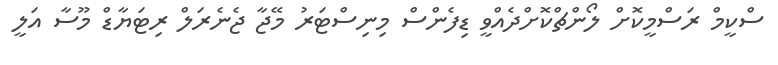
ސްކީމް ރަސްމީކޮށް ލޯންޗްކޮށްދެއްވީ ޑިފެންސް މިނިސްޓަރު މޭޖާ ޖެނެރަލް ރިޓަޔާޑް މޫސާ އަލީ